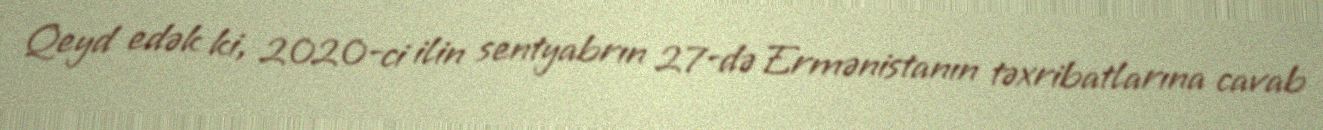
Qeyd edək ki, 2020-ci ilin sentyabrın 27-də Ermənistanın təxribatlarına cavab